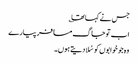
جس نے کہا تھا ؎
اب تو جاگ مسافر پیارے
وہ جو خوابوں کو سُلادیتے ہوں۔